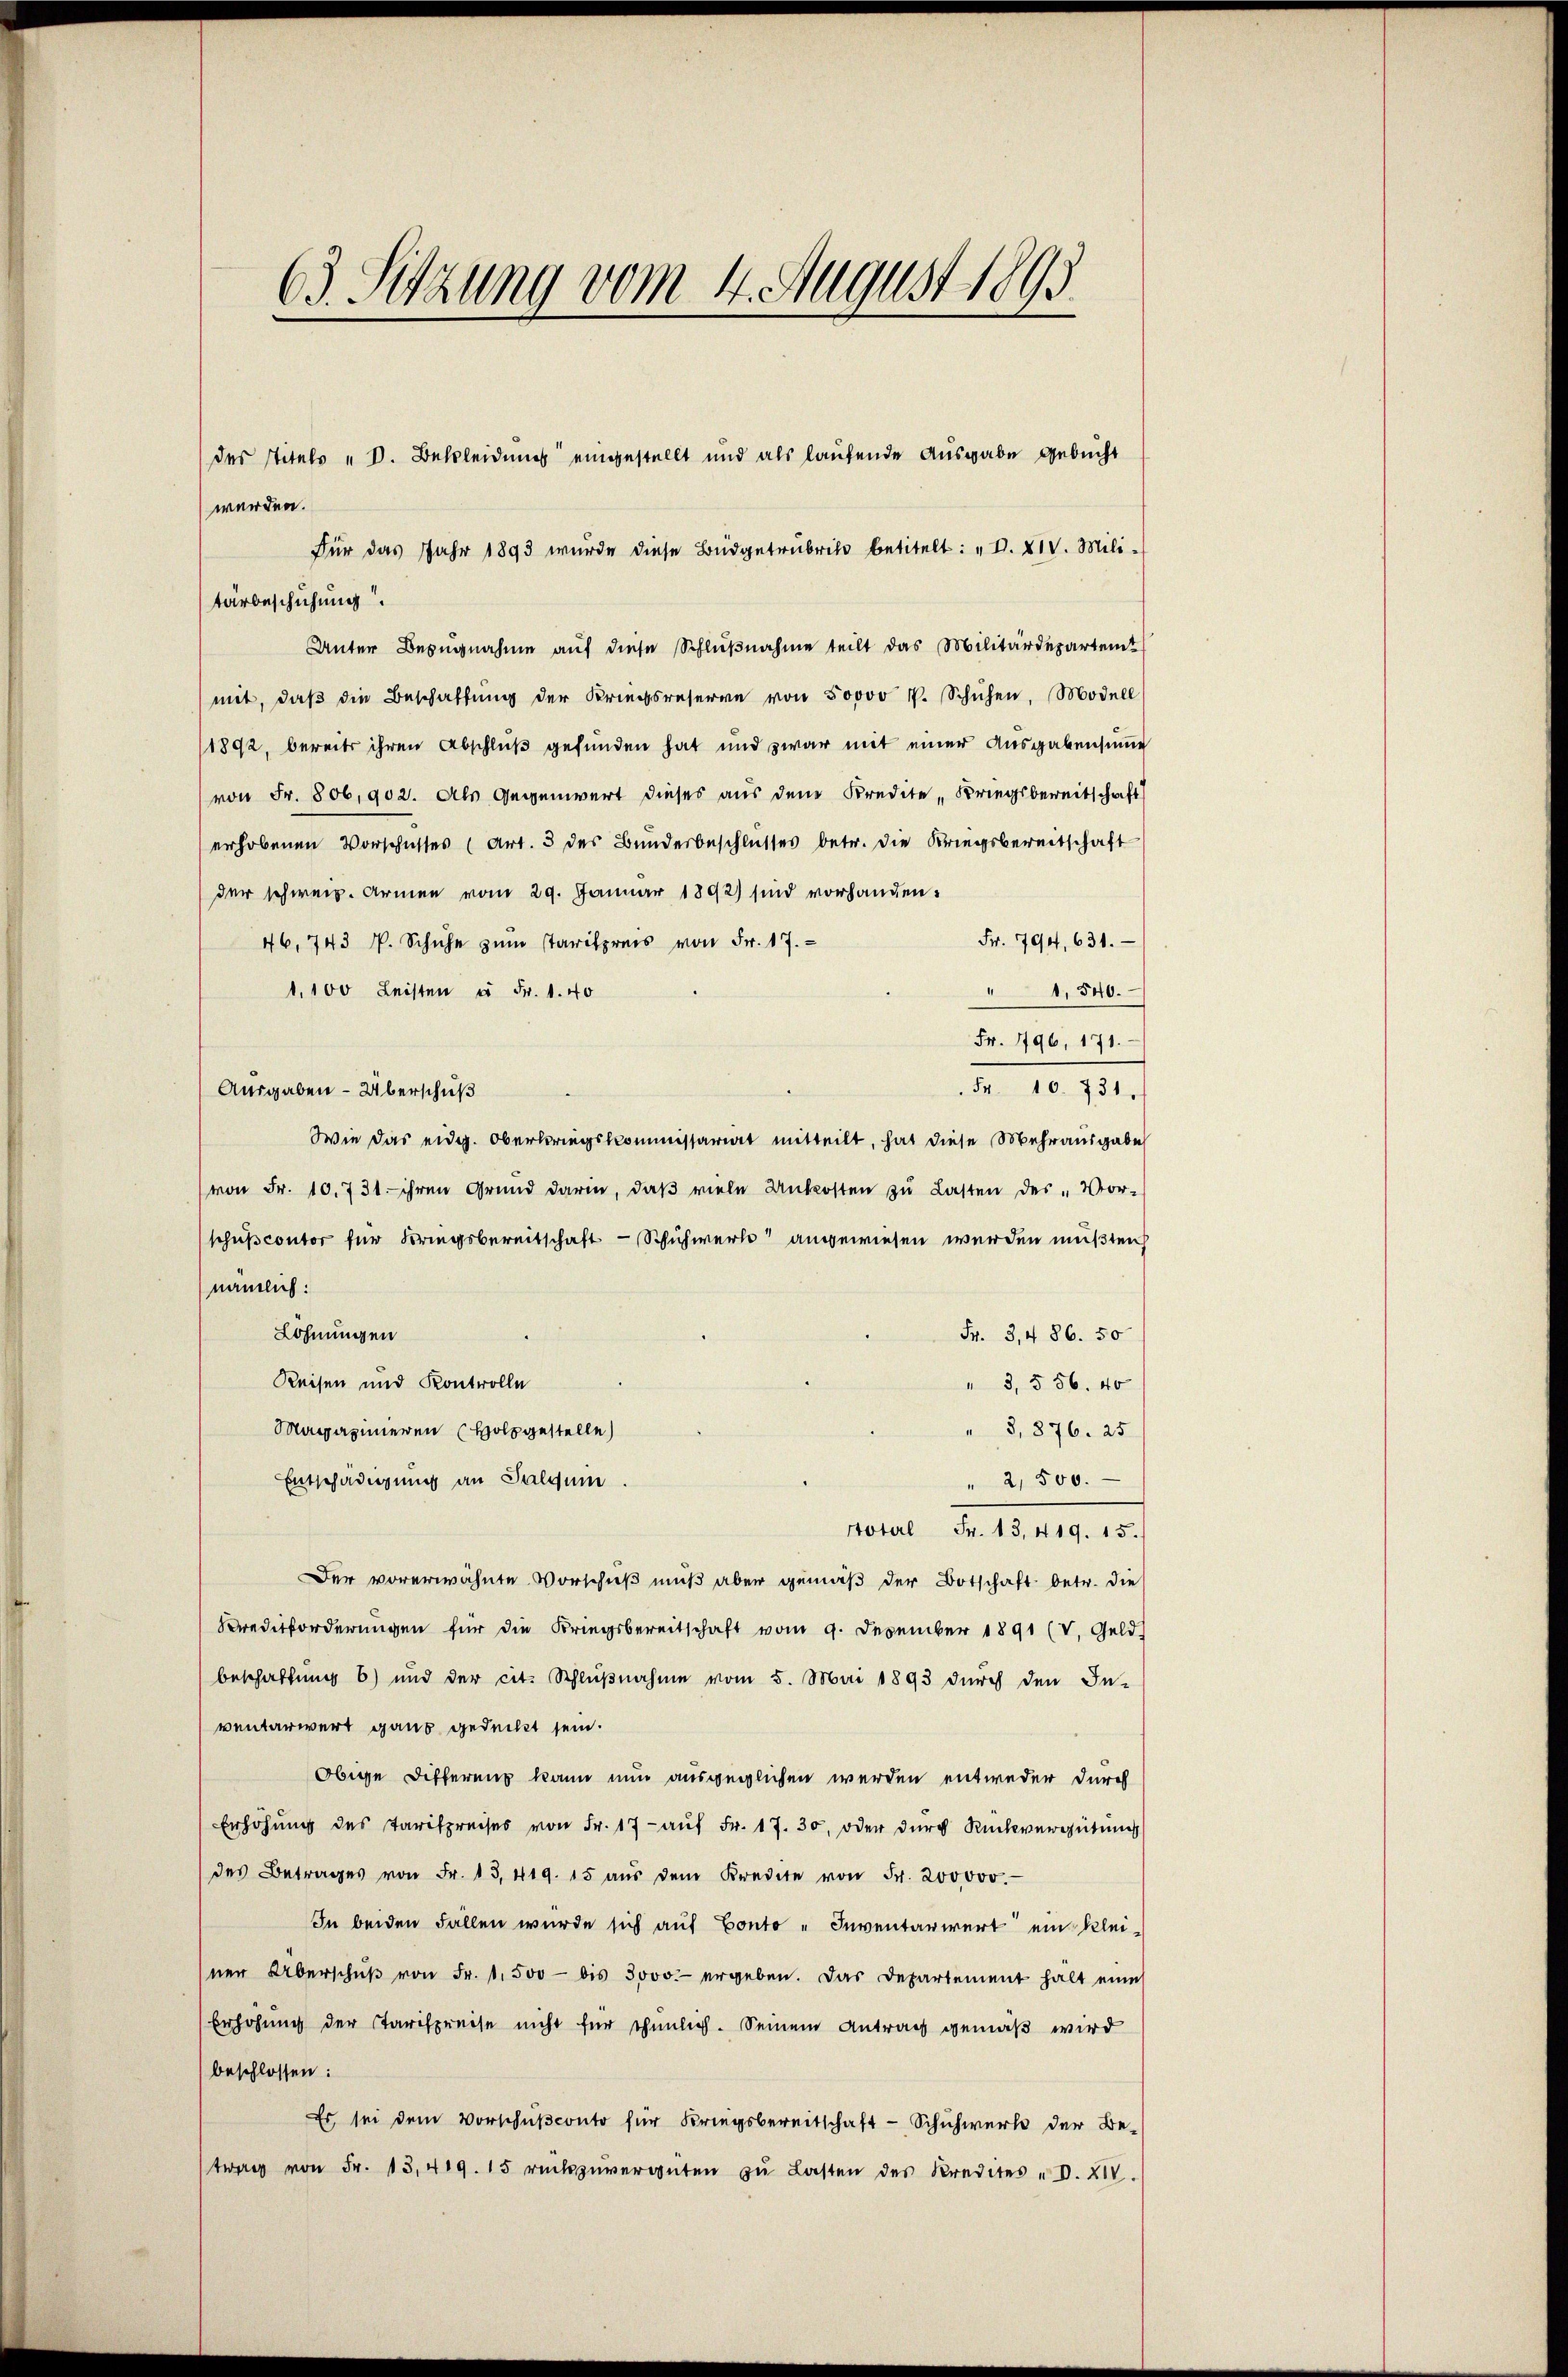
63. Sitzung vom 4. August 1895

des Titels " V. Bekleidung eingestellt und als laufende Ausgabe gebucht

werden.
Für das Jahr 1893 wurde diese Büdgetrubrik betitelt: „I. XIV. Mili-
tärbeschichung.
Unter Bezugnahme auf diese Schlußnahme teilt das Militärdepartemmit, daβ die Beschaffŭng der Kriegsreserve von 50000 P. Schuhen. Modell
1892, bereits ihren Abschlŭβ gefunden hat und zwar mit einer Ausgabensume
von Fr. 806,902. Als Gegenwert dieses aus dem Kredite Kriegsbereitschaft
erhobenen Vorschusses (Art. 3 des Bunderbeschlusses betr. die Kriegsbereitschaft
der schweiz. Armen vom 29. Januar 1892) sind vorhanden:
Fr. 794, 631.
46. 743 P. Schuhe zŭm Parispreis von Fr. 17.
1,100 Leisten u Fr. 1. 40
"1,540.
Fr. 196, 171.
d. 10. 731./
Ausgaben - Überschuß
Wie das eidg. Oberkriegskommissariat mitteilt, hat diese Mehrausgabe
von Fr. 10. 731. ihren Grŭnd darin, daβ viele Unkosten zŭ Lasten des „Vor-
schuscontor für Bringsbereitschaft - Schuhwerk angewiesen werden mußten
nämlich:
Löhnungen
Fr. 3, 486. 50
Reisen und Kontrolle
" 3,556. 40
Magazinieren Holz gestelle
3,876. 25
Entschädigung an Salgum
" 2,500.
stotel Fr. 13, 419. 15.
Der vorerwähnte Vorschuß muß aber gemäß der Botschaft betr. die
Kreditforderungen für die Kriegsbereitschaft vom 9. Dezember 1891 (V. Geld.
beschaftung 6) und der cit. Schlŭβnahme vom 5. Mai 1893 durch den In-
ventarwert gaus gedeckt sein.
Obige Differenz kann nun ausgeglichen werden entweder durch
Erhöhŭng des Tarifpreises von Fr. 17 aŭf Fr. 17. 30. oder dŭrch Rückvergütung
des Betrages von Fr. 13, 419. 15 aŭs dem Kredite von Fr. 200000.
In beiden Fallen wurde sich auf Conto " Inventariert ein kleiner Überschŭβ von Fr. 1,500 bis 3000.- ergeben. Das Departement halt eine
Eerhöhung der Tarifpreise nicht für ehelich. Seinem Antrag gemäß wird
beschlossen:
Es sei dem Vorschŭβconto für Kriegsbereitschaft - Schuhwerk der Be-
trag von Fr. 13, 419. 15 rückzŭvergüten zŭ Lasten des Kredites - V. XIV.